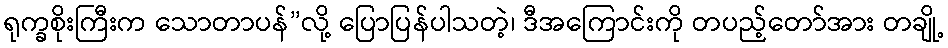
ရုက္ခစိုးကြီးက သောတာပန်”လို့ ပြောပြန်ပါသတဲ့၊ ဒီအကြောင်းကို တပည့်တော်အား တချို့